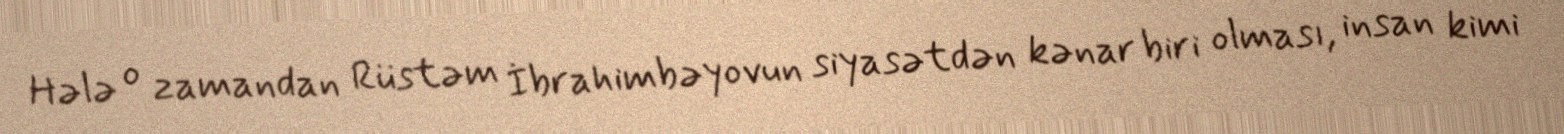
Hələ o zamandan Rüstəm İbrahimbəyovun siyasətdən kənar biri olması, insan kimi